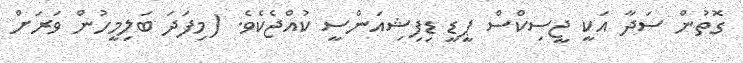
ގޮތުން ސަދާ އަކީ ޖީސިކްސް ޕީޑީ ޑިފިޝިއަންސީ ކުއްޖެކެވެ. (މިފަދަ ބަލިމީހުން ވަރަށް